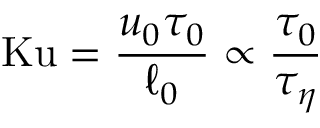
\mathrm { K u } = \frac { u _ { 0 } \tau _ { 0 } } { \ell _ { 0 } } \propto \frac { \tau _ { 0 } } { \tau _ { \eta } }